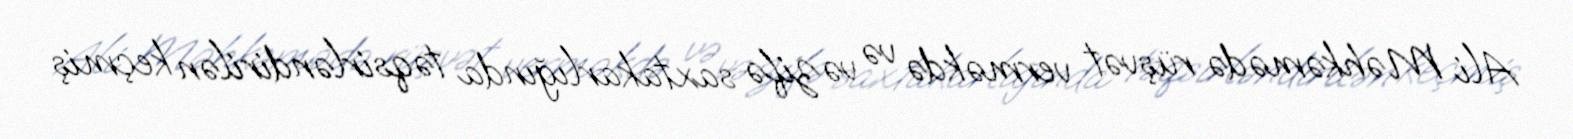
Ali Məhkəmədə rüşvət verməkdə və vəzifə saxtakarlığında təqsirləndirilən keçmiş